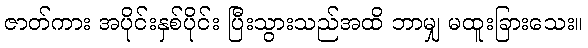
ဇာတ်ကား အပိုင်းနှစ်ပိုင်း ပြီးသွားသည်အထိ ဘာမျှ မထူးခြားသေး။